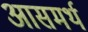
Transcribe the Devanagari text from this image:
आसमर्थ